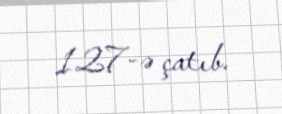
127-ə çatıb.